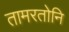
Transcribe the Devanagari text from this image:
तामरतोनि